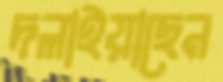
দলাইয়াছেন